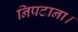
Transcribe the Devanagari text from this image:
निपटाना।